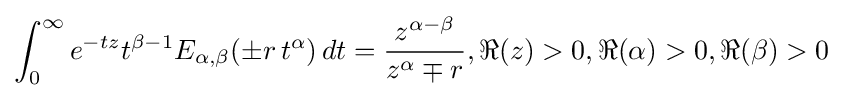
\int _{0}^{\infty }e^{-tz}t^{\beta -1}E_{\alpha ,\beta }(\pm r\,t^{\alpha })\,dt={\frac {z^{\alpha -\beta }}{z^{\alpha }\mp r}},\Re (z)>0,\Re (\alpha )>0,\Re (\beta )>0